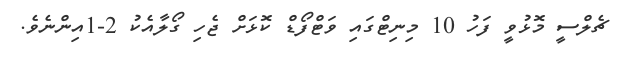
ޗެލްސީ މޮޅުވީ ފަހު 10 މިނިޓްގައި ވަޓްފޯޑް ކޮޅަށް ޖެހި ގޯލާއެކު 2-1އިންނެވެ.